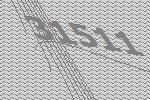
31511